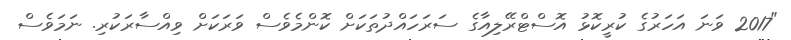
"2017 ވަނަ އަހަރުގެ ކުރީކޮޅު އޮސްޓްރޭލިއާގެ ސަރަހައްދުތަކަށް ކޮންމެވެސް ވަރަކަށް ވިއްސާރަކުރި. ނަމަވެސް